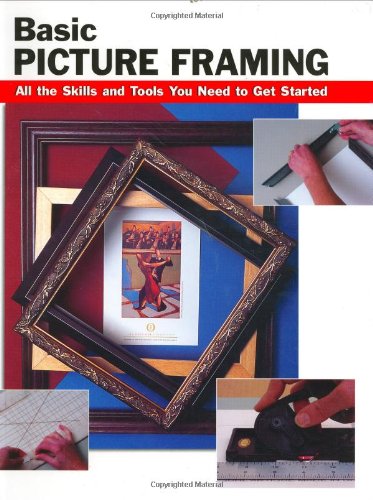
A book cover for Basic Picture Framing: All the Skills and Tools You Need to Get Started (How To Basics); Crafts, Hobbies & Home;